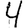
Digit: 4